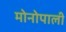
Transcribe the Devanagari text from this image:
मोनोपाली